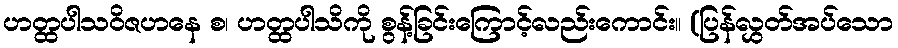
ဟတ္ထပါသဝိဇဟနေ စ၊ ဟတ္ထပါသိကို စွန့်ခြင်းကြောင့်လည်းကောင်း။ (ပြန်လွှတ်အပ်သော